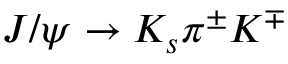
J / \psi \to K _ { s } \pi ^ { \pm } K ^ { \mp }